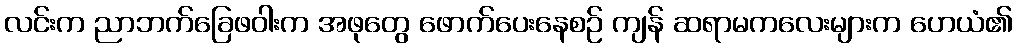
လင်းက ညာဘက်ခြေဖဝါးက အဖုတွေ ဖောက်ပေးနေစဉ် ကျန် ဆရာမကလေးများက ဟေယံ၏